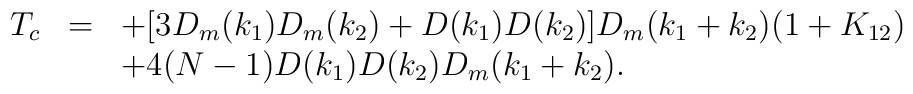
\begin{array}{rcl}T_c&=&\displaystyle +[3D_m(k_1)D_m(k_2)+D(k_1)D(k_2)]D_m(k_1+k_2)(1+K_{12})\\&&\displaystyle +4(N-1)D(k_1)D(k_2)D_m(k_1+k_2). \end{array}